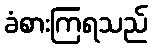
ခံစားကြရသည်